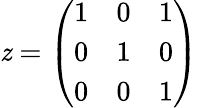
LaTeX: \mathit{z}={\left(\begin{array}{lll}{1}&{0}&{1}\\ {0}&{1}&{0}\\ {0}&{0}&{1}\end{array}\right)}